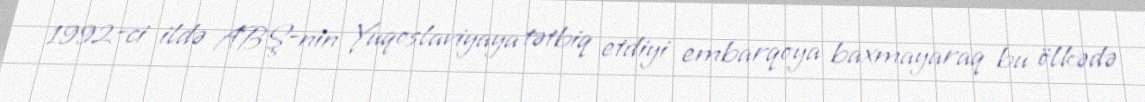
1992-ci ildə ABŞ-nin Yuqoslaviyaya tətbiq etdiyi embarqoya baxmayaraq bu ölkədə